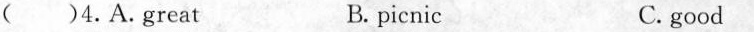
( )4.A.great B. picnic C. good